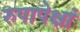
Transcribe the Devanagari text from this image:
रुपापेक्षां